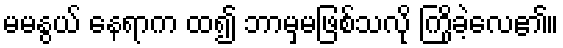
မမနွယ် နေရာက ထ၍ ဘာမှမဖြစ်သလို ကြိုခဲ့လေ၏။